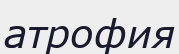
атрофия